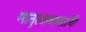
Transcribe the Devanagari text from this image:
मातृत्वाबाबतची